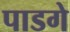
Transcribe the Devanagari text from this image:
पाडगे